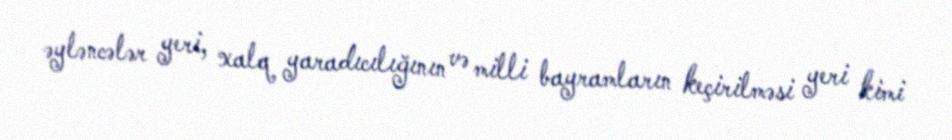
əyləncələr yeri, xalq yaradıcılığının və milli bayramların keçirilməsi yeri kimi